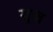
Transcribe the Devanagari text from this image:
युज़